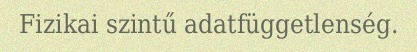
Fizikai szintű adatfüggetlenség.